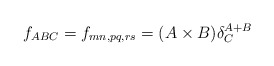
\begin{align*}f_{ABC} = f_{mn,pq,rs} = (A\times B) \delta ^{A+B}_C\end{align*}